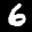
Label: 6